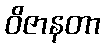
ဝိဇာနတာ